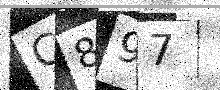
Text: C897